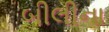
બીલીના